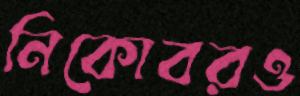
নিকোবরও